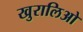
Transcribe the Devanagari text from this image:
खुरालिओ